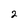
Character: 2